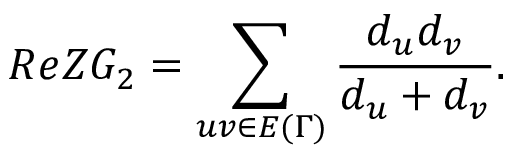
R e Z G _ { 2 } = \sum _ { u v \in E { ( \Gamma ) } } \frac { d _ { u } d _ { v } } { d _ { u } + d _ { v } } .